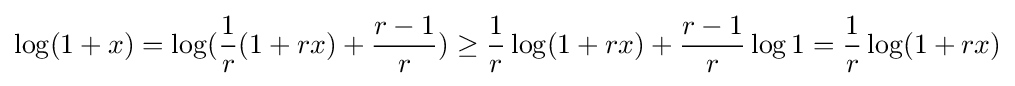
\log(1+x)=\log({\frac {1}{r}}(1+rx)+{\frac {r-1}{r}})\geq {\frac {1}{r}}\log(1+rx)+{\frac {r-1}{r}}\log 1={\frac {1}{r}}\log(1+rx)